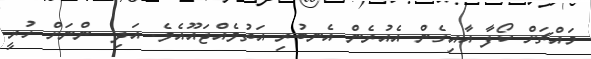
މައްޗަށް ކޯފާ އާއިގެން އެއުރެން އެނބުރި އަތުވެއްޖައޫއެވެ. އަދި  ންނަށް ހުރީ